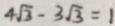
4 \sqrt { 3 } - 3 \sqrt { 3 } = 1